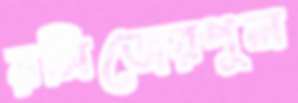
রমিজেরপুল